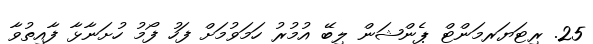
25. ރިޓަޔަރމަންޓް ޕެންޝަން ލިބޭ އުމުރު ހަމަވުމަށް ފަހު ފޯމު ހުށަނާޅާ ފާއިތުވާ